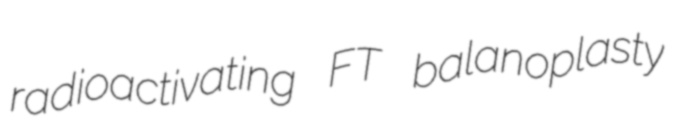
radioactivating FT balanoplasty